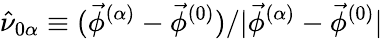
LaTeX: {\hat{\nu}_{0\alpha}\equiv(\vec{\phi}^{(\alpha)}-\vec{\phi}^{(0)})/|\vec{\phi}^{(\alpha)}-\vec{\phi}^{(0)}|}